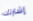
إشارتك